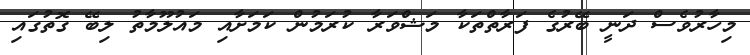
މިހާރުވެސް ދަނީ ބޭރުގެ ފަރާތްތަކާ މަޝްވަރާ ކުރަމުން ކަމަށާއި މައުލޫމާތު ލިބޭ ގޮތުގައި